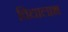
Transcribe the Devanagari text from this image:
विद्यालाभ